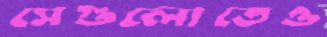
সেগুলোতেও